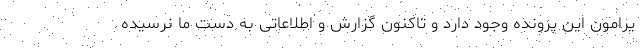
یرامون این پرونده وجود دارد و تاکنون گزارش و اطلاعاتی به دست ما نرسیده